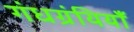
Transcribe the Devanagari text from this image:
गंधग्रंथियाँ